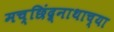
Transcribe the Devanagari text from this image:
मच्छिंद्र्नाथाच्या